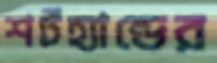
শর্টহ্যান্ডের